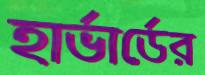
হার্ভার্ডের